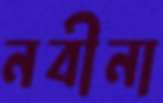
নবীনা